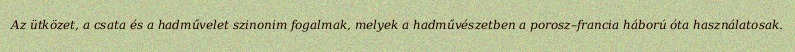
Az ütközet, a csata és a hadművelet szinonim fogalmak, melyek a hadművészetben a porosz–francia háború óta használatosak.